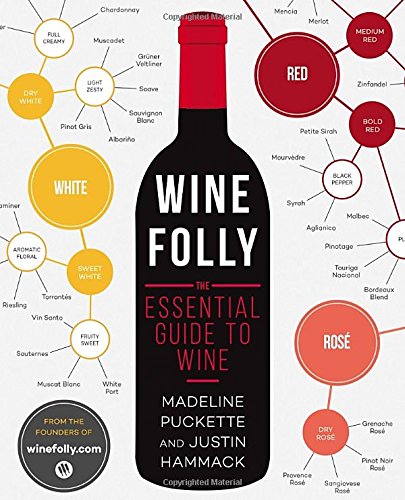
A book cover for Wine Folly: The Essential Guide to Wine; Madeline Puckette; Humor & Entertainment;